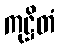
ကုဋ္ဌိတံ